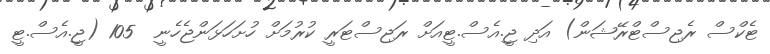
ޓެކްސް ރެޖިސްޓްރޭޝަން) އަދި ޖީ.އެސް.ޓީއަށް ރަޖިސްޓަރީ ކުރުމަށް ހުށަހަޅަންޖެހެނީ  105 (ޖީ.އެސް.ޓީ